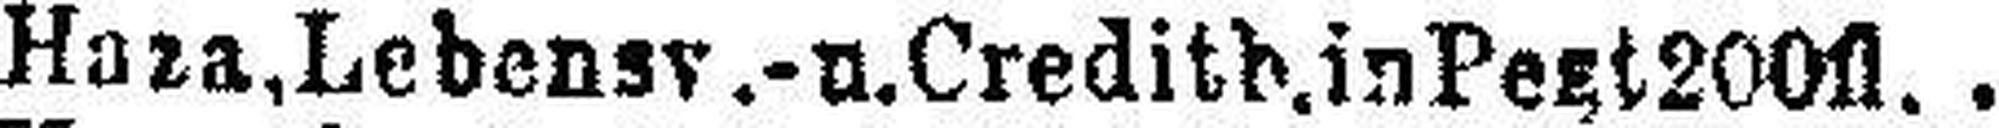
Haza, Lebensv.- u. Creditb. in Pezt 200fl.